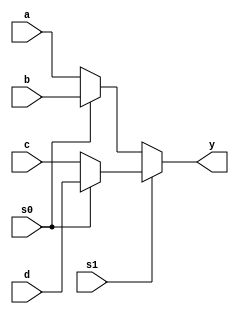
module mux4to1(output y, input s1,s0,d,c,b,a);
    assign y = (s1) ? ((s0) ? d : c) : ((s0) ? b : a);
endmodule